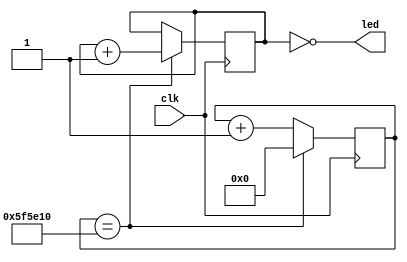
module top (
    input wire clk,
    output wire [7:0]led
);

reg [7:0]leds_reg;
reg [25:0] counter;

initial begin
    leds_reg = 0;
    counter = 0;
end

assign led = ~leds_reg;

always @(posedge clk ) begin
    if(counter == 6250000) begin
        counter <= 0;
        leds_reg <= leds_reg  + 1;
    end else begin
        counter <= counter + 1;
    end
end

endmodule